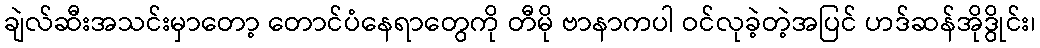
ချဲလ်ဆီးအသင်းမှာတော့ တောင်ပံနေရာတွေကို တီမို ဗာနာကပါ ဝင်လုခဲ့တဲ့အပြင် ဟဒ်ဆန်အိုဒွိုင်း၊